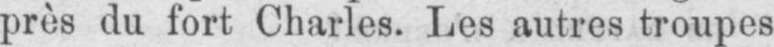
près du fort Charles. Les autres troupes